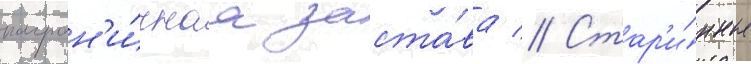
погран'и́чнаа заста́ва // Стар'и́нные